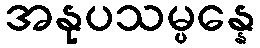
အနုပသမ္ပန္နေ